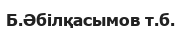
Б.Әбілқасымов т.б.